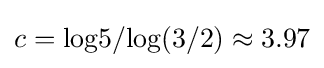
c={\text{log}}5/{\text{log}}(3/2)\approx 3.97